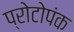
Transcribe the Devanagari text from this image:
प्रोटोपंक